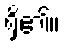
ရှိ၏။